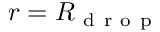
r = R _ { \mathrm { ~ d ~ r ~ o ~ p ~ } }